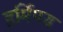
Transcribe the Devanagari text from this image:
हर्मिपस